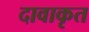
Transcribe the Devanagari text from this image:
दावाकृत